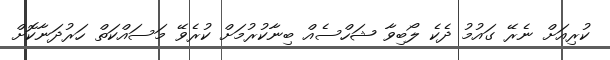
ކުރިއަށް ނެރޭ ގައުމު ދެކެ ލޯބިވާ ޝަހްސެއް ބިނާކުރުމަށް ކުރެވޭ މަސައްކަތް ހަރުދަނާކޮށް